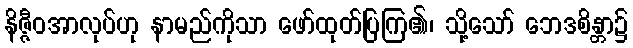
နိဇ္ဇီဝအာလုပ်ဟု နာမည်ကိုသာ ဖော်ထုတ်ပြကြ၏၊ သို့သော် ဘေဒစိန္တာ၌